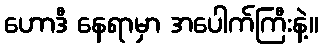
ဟောဒီ နေရာမှာ အပေါက်ကြီးနဲ့။